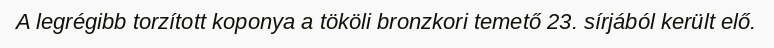
A legrégibb torzított koponya a tököli bronzkori temető 23. sírjából került elő.